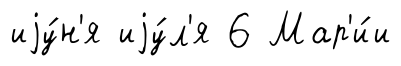
иjу́н'я иjу́л'я 6 Мар'и́и